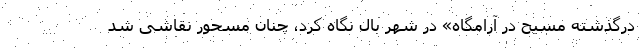
درگذشته مسیح در آرامگاه» در شهر بال نگاه کرد، چنان مسحور نقاشی شد